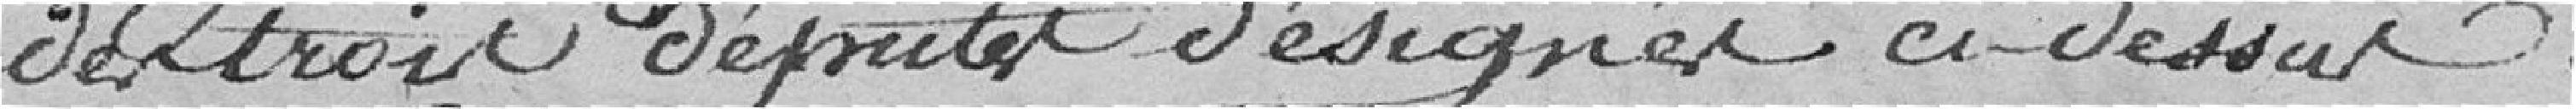
des trois députés désignés ci-dessus.